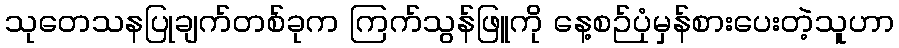
သုတေသနပြုချက်တစ်ခုက ကြက်သွန်ဖြူကို နေ့စဉ်ပုံမှန်စားပေးတဲ့သူဟာ